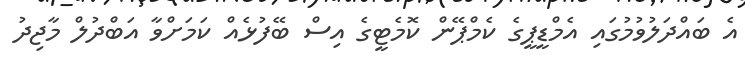
އެ ބައްދަލުވުމުގައި އެމްޑީޕީގެ ކެމްޕޭން ކޮމެޓީގެ އިސް ބޭފުޅެއް ކަމަށްވާ އަބްދުލް މާޖިދު